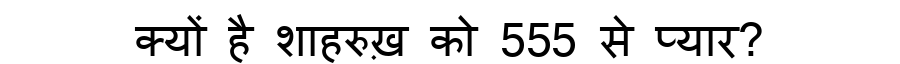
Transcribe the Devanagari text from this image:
क्यों है शाहरुख़ को 555 से प्यार?